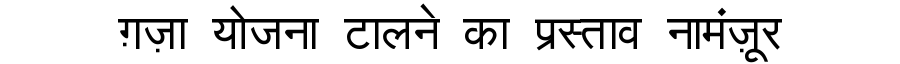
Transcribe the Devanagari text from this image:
ग़ज़ा योजना टालने का प्रस्ताव नामंज़ूर